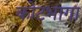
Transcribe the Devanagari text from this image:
कोटभागा